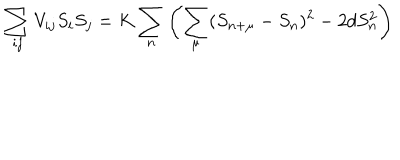
\sum _ { i j } V _ { i j } S _ { i } S _ { j } = K \sum _ { n } \left( \sum _ { \mu } ( S _ { n + \mu } - S _ { n } ) ^ { 2 } - 2 d S _ { n } ^ { 2 } \right)